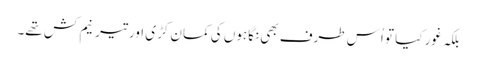
بلکہ غور کیا تو اُس طرف بھی نگاہوں کی کمان کڑی اور تیر نیم کش تھے۔